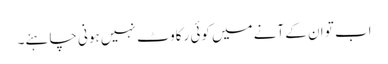
اب تو ان کے آنے میں کوئی رکاوٹ نہیں ہونی چاہئے۔